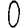
Digit: 0